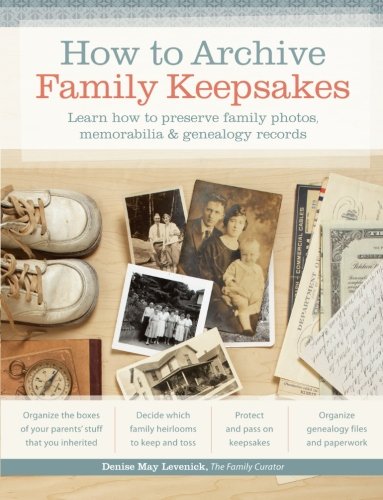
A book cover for How to Archive Family Keepsakes: Learn How to Preserve Family Photos, Memorabilia and Genealogy Records; Denise May Levenick; Reference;